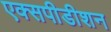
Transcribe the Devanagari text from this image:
एक्सपीडीशन